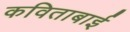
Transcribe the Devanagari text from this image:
कविताबाई